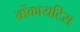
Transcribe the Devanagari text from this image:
ब्रोंकायटिस